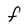
Character: F